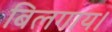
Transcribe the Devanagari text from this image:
बिलगाय।